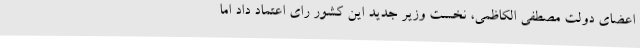
اعضای دولت مصطفی الکاظمی، نخست وزیر جدید این کشور رای اعتماد داد اما